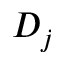
D _ { j }